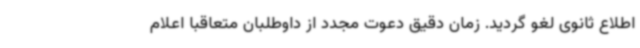
اطلاع ثانوی لغو گردید. زمان دقیق دعوت مجدد از داوطلبان متعاقباً اعلام